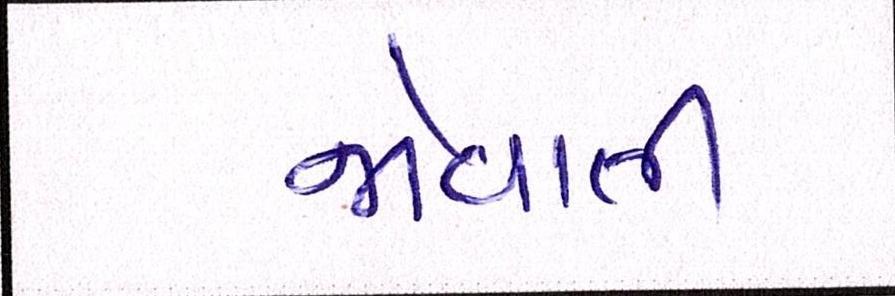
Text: જોવાતી